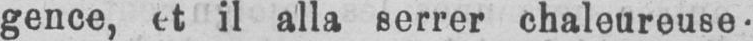
gence, et il alla serrer chaleureuse-